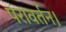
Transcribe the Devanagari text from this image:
परावर्तन।